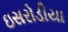
ઇસરોડીયા